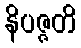
နိပဇ္ဇတိ